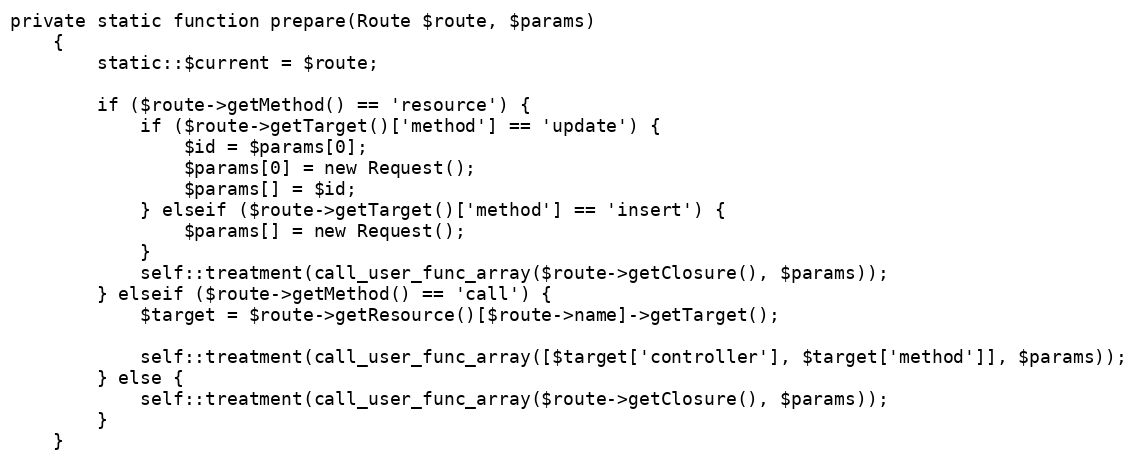
Language: PHP
private static function prepare(Route $route, $params)
    {
        static::$current = $route;

        if ($route->getMethod() == 'resource') {
            if ($route->getTarget()['method'] == 'update') {
                $id = $params[0];
                $params[0] = new Request();
                $params[] = $id;
            } elseif ($route->getTarget()['method'] == 'insert') {
                $params[] = new Request();
            }
            self::treatment(call_user_func_array($route->getClosure(), $params));
        } elseif ($route->getMethod() == 'call') {
            $target = $route->getResource()[$route->name]->getTarget();

            self::treatment(call_user_func_array([$target['controller'], $target['method']], $params));
        } else {
            self::treatment(call_user_func_array($route->getClosure(), $params));
        }
    }